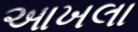
આખલા